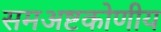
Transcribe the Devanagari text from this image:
समअष्टकोणीय